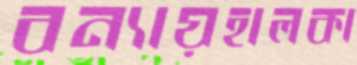
বন্যায়হালকা